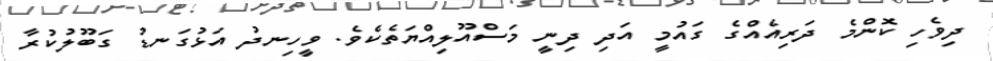
ދިވެހި ކޮންމެ ދަރިއެއްގެ ގައުމީ އަދި ދިނީ މަސްއޫލިއްޔަތެކެވެ. ވީހިނދު އަޅުގަނޑު ގަބޫލުކުރާ